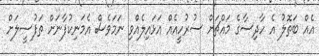
އެއް ބަތޮލު އެ ހާދިސާގެ މައްޗަށް ސުރުހީއެއް އަޅައިލެއްވި ނަމަވެސް އެމަނިކުފާނަށް ތަފުސީލަށް